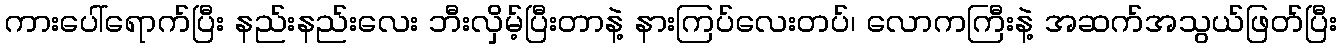
ကားပေါ်ရောက်ပြီး နည်းနည်းလေး ဘီးလှိမ့်ပြီးတာနဲ့ နားကြပ်လေးတပ်၊ လောကကြီးနဲ့ အဆက်အသွယ်ဖြတ်ပြီး